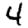
Digit: 4